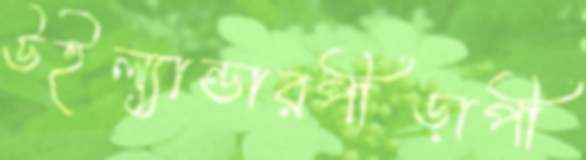
উইল্যান্ডারপীড়াপী